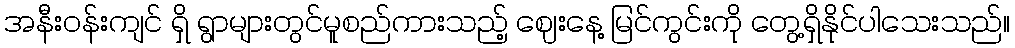
အနီးဝန်းကျင် ရှိ ရွာများတွင်မူစည်ကားသည့် ဈေးနေ့ မြင်ကွင်းကို တွေ့ရှိနိုင်ပါသေးသည်။